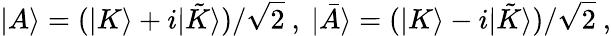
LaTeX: |A\rangle=(|K\rangle+i|{\tilde{K}}\rangle)/\sqrt{2}\ ,\ |{\bar{A}}\rangle=(|K\rangle-i|{\tilde{K}}\rangle)/\sqrt{2}\ ,